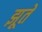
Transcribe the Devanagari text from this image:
झूते